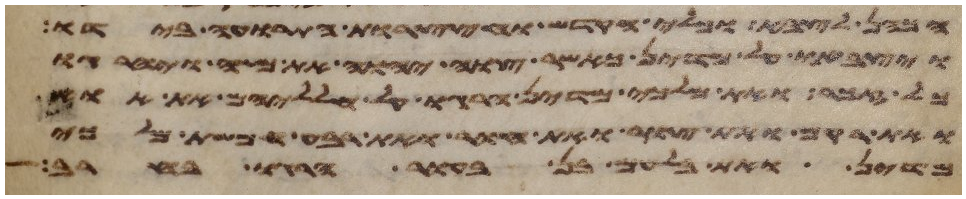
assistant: הכהן לצבא וכלי הקדש וחצצרות התרועה בידו
ויצבאו על מדין כאשר צוה יהוה את משה ויהרגו
כל זכר ואת מלכי מדין הרגו על חלליהם את אוי
ואת רקם ואת צור ואת חור ואת רבע חמשת מלכי
מדין ואת בלעם בן בעור הרגו בחרב